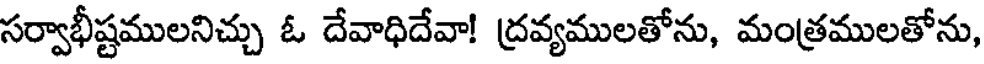
సర్వాభీష్టములనిచ్చు ఓ దేవాధిదేవా! ద్రవ్యములతోను, మంత్రములతోను,